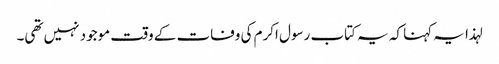
لہذا یہ کہنا کہ یہ کتاب رسول اکرم کی وفات کے وقت موجود نہیں تھی۔